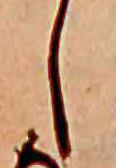
し